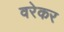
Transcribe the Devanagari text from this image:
वरेकर